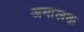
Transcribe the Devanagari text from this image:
अमालक